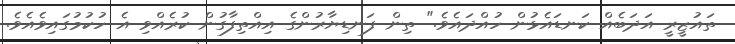
ތައުޒީރީ އަދަބެއް ކަނޑައެޅުން ހުއްދައެވެ." ތިން ފަނޑިޔާރުންގެ އިއްތިފާގުން ކުރެއްވި އެ ހުކުމުގައިވެއެވެ.